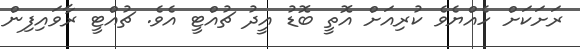
ރަށަކަށް ހެއްޔެވެ ކުރިއަށް އޮތީ ބޮޑު އީދު ޗުއްޓީ އެވެ. ޗުއްޓީ ރާވައިފިން